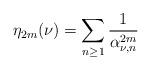
LaTeX: \begin{align*}\eta_{2m}(\nu)=\sum_{n\geq 1}\frac{1}{\alpha^{2m}_{\nu,n}}\end{align*}